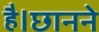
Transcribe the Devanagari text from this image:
है।छानने